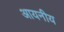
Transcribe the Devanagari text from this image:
आयनीय